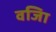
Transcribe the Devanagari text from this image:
वजिा